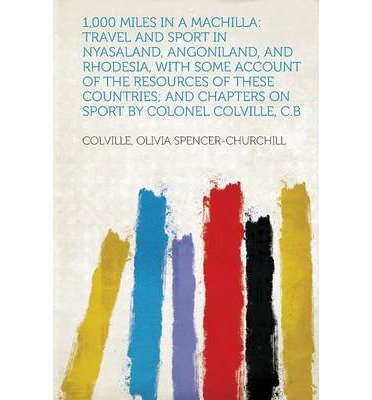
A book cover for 1,000 Miles in a Machilla: Travel and Sport in Nyasaland, Angoniland, and Rhodesia, with Some Account of the Resources of These Countries; And Ch (Paperback)(English / French) - Common; Created by Colville Olivia Spencer-Churchill; Travel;